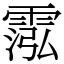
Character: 霐